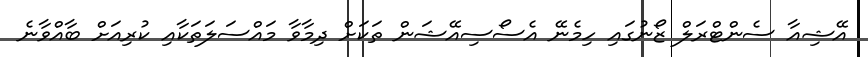
އޭޝިއާ ސެންޓްރަލް ޒޯނުގައި ހިމެނޭ އެސޯސިއޭޝަން ތަކަށް ދިމާވާ މައްސަލަތަކާއި ކުރިއަށް ބާއްވާނެ